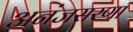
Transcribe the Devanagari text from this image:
अनंजसरणा